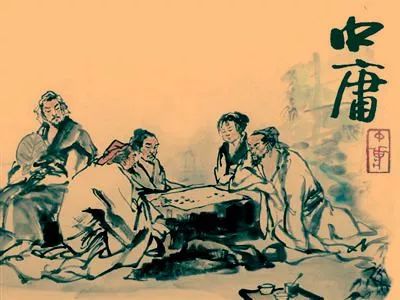
万物并育而不相害。道并行而不相悖。